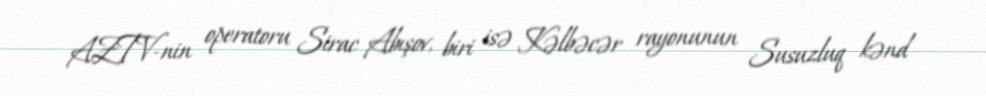
AZTV-nin operatoru Sirac Abışov, biri isə Kəlbəcər rayonunun Susuzluq kənd